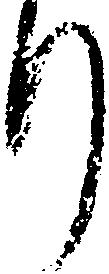
り